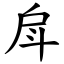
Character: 戽